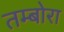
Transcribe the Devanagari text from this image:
तम्बोरा